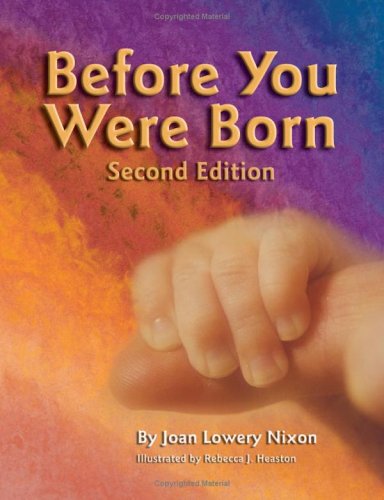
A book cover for Before You Were Born; Joan Lowery Nixon; Children's Books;